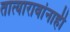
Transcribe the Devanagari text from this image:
तात्यारावांनाही